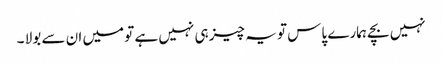
نہیں بچے ہمارے پاس تو یہ چیز ہی نہیں ہے تو میں ان سے بولا ۔